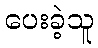
ပေးခဲ့သူ